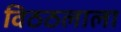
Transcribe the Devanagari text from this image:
विठठलाला